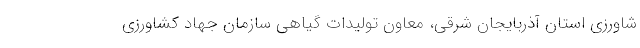
شاورزی استان آذربایجان شرقی، معاون تولیدات گیاهی سازمان جهاد کشاورزی